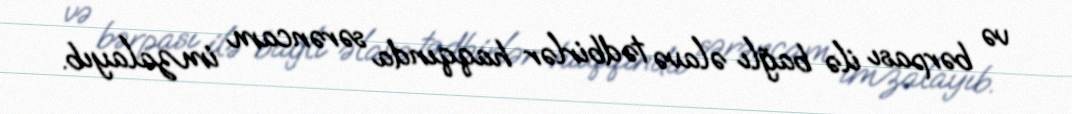
və bərpası ilə bağlı əlavə tədbirlər haqqında sərəncam imzalayıb.